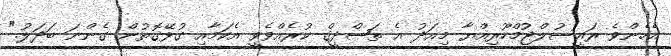
އެހެންވެ ރައީސުލްޖުމްހޫރިއްޔާ މިއަދު އެ ތަޞްދީޤް ކުރެއްވެވީ އެކަމާއި ގުޅޭގޮތުން ގެންނަ ބަދަލު."